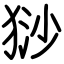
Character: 猀